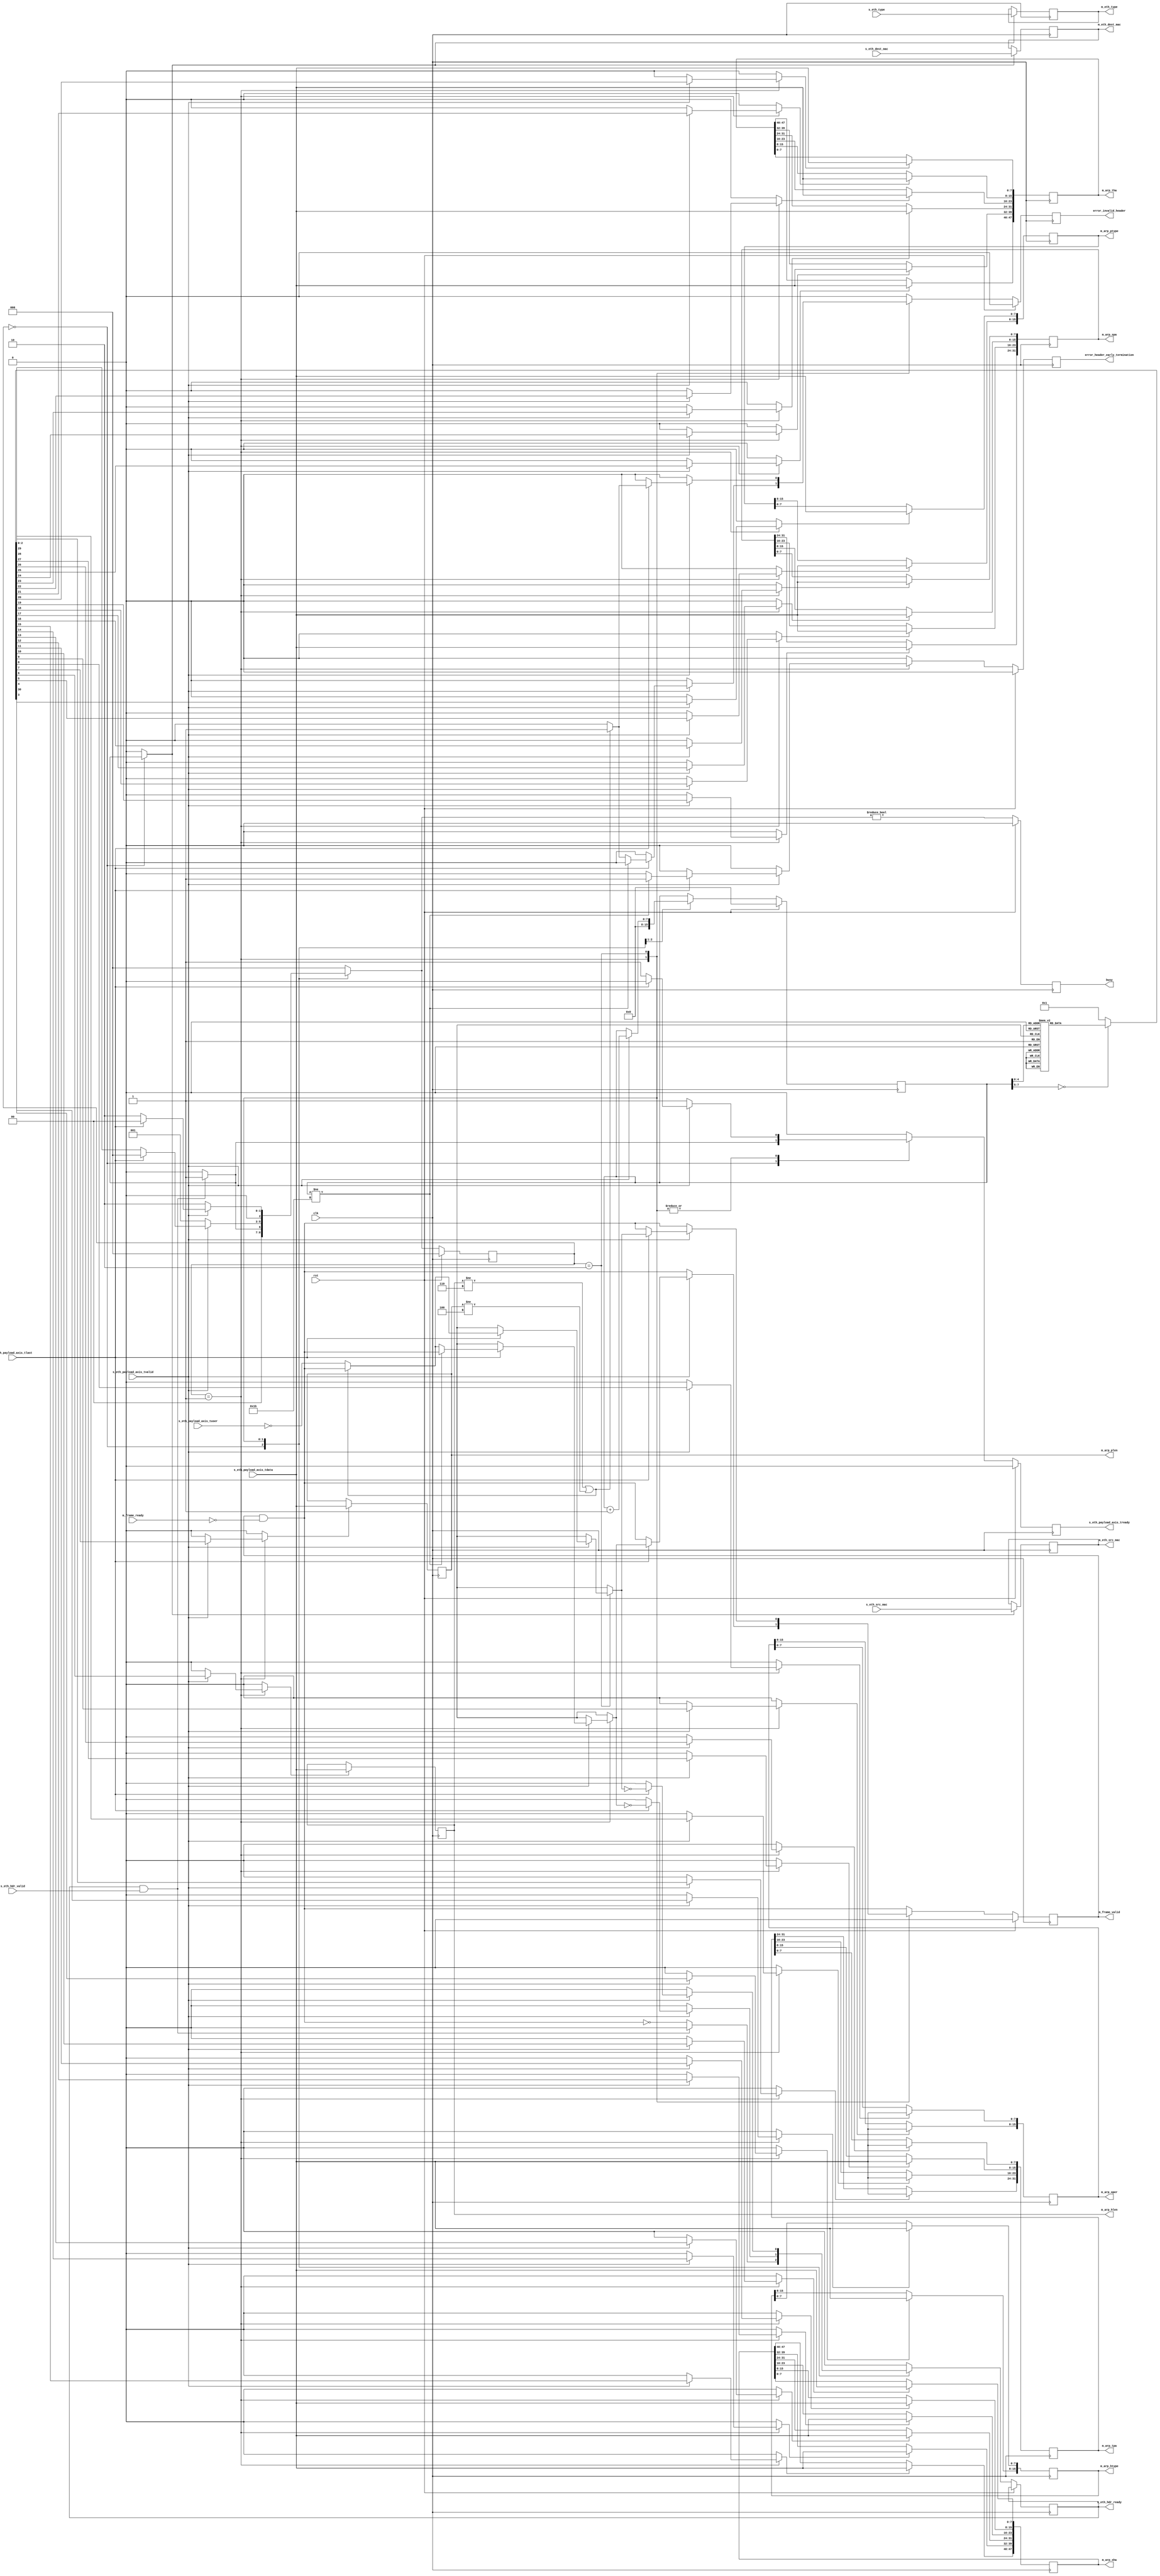
/*

Copyright (c) 2014-2018 Alex Forencich

Permission is hereby granted, free of charge, to any person obtaining a copy
of this software and associated documentation files (the "Software"), to deal
in the Software without restriction, including without limitation the rights
to use, copy, modify, merge, publish, distribute, sublicense, and/or sell
copies of the Software, and to permit persons to whom the Software is
furnished to do so, subject to the following conditions:

The above copyright notice and this permission notice shall be included in
all copies or substantial portions of the Software.

THE SOFTWARE IS PROVIDED "AS IS", WITHOUT WARRANTY OF ANY KIND, EXPRESS OR
IMPLIED, INCLUDING BUT NOT LIMITED TO THE WARRANTIES OF MERCHANTABILITY
FITNESS FOR A PARTICULAR PURPOSE AND NONINFRINGEMENT. IN NO EVENT SHALL THE
AUTHORS OR COPYRIGHT HOLDERS BE LIABLE FOR ANY CLAIM, DAMAGES OR OTHER
LIABILITY, WHETHER IN AN ACTION OF CONTRACT, TORT OR OTHERWISE, ARISING FROM,
OUT OF OR IN CONNECTION WITH THE SOFTWARE OR THE USE OR OTHER DEALINGS IN
THE SOFTWARE.

*/

// Language: Verilog 2001

`timescale 1ns / 1ps

/*
 * ARP ethernet frame receiver (Ethernet frame in, ARP frame out)
 */
module arp_eth_rx
(
    input  wire        clk,
    input  wire        rst,

    /*
     * Ethernet frame input
     */
    input  wire        s_eth_hdr_valid,
    output wire        s_eth_hdr_ready,
    input  wire [47:0] s_eth_dest_mac,
    input  wire [47:0] s_eth_src_mac,
    input  wire [15:0] s_eth_type,
    input  wire [7:0]  s_eth_payload_axis_tdata,
    input  wire        s_eth_payload_axis_tvalid,
    output wire        s_eth_payload_axis_tready,
    input  wire        s_eth_payload_axis_tlast,
    input  wire        s_eth_payload_axis_tuser,

    /*
     * ARP frame output
     */
    output wire        m_frame_valid,
    input  wire        m_frame_ready,
    output wire [47:0] m_eth_dest_mac,
    output wire [47:0] m_eth_src_mac,
    output wire [15:0] m_eth_type,
    output wire [15:0] m_arp_htype,
    output wire [15:0] m_arp_ptype,
    output wire [7:0]  m_arp_hlen,
    output wire [7:0]  m_arp_plen,
    output wire [15:0] m_arp_oper,
    output wire [47:0] m_arp_sha,
    output wire [31:0] m_arp_spa,
    output wire [47:0] m_arp_tha,
    output wire [31:0] m_arp_tpa,

    /*
     * Status signals
     */
    output wire        busy,
    output wire        error_header_early_termination,
    output wire        error_invalid_header
);

/*

ARP Frame

 Field                       Length
 Destination MAC address     6 octets
 Source MAC address          6 octets
 Ethertype (0x0806)          2 octets
 HTYPE (1)                   2 octets
 PTYPE (0x0800)              2 octets
 HLEN (6)                    1 octets
 PLEN (4)                    1 octets
 OPER                        2 octets
 SHA Sender MAC              6 octets
 SPA Sender IP               4 octets
 THA Target MAC              6 octets
 TPA Target IP               4 octets

This module receives an Ethernet frame with header fields in parallel and
payload on an AXI stream interface, decodes the ARP packet fields, and
produces the frame fields in parallel.  

*/

localparam [2:0]
    STATE_IDLE = 3'd0,
    STATE_READ_HEADER = 3'd1,
    STATE_WAIT_LAST = 3'd2;

reg [2:0] state_reg = STATE_IDLE, state_next;

// datapath control signals
reg store_eth_hdr;
reg store_arp_htype_0;
reg store_arp_htype_1;
reg store_arp_ptype_0;
reg store_arp_ptype_1;
reg store_arp_hlen;
reg store_arp_plen;
reg store_arp_oper_0;
reg store_arp_oper_1;
reg store_arp_sha_0;
reg store_arp_sha_1;
reg store_arp_sha_2;
reg store_arp_sha_3;
reg store_arp_sha_4;
reg store_arp_sha_5;
reg store_arp_spa_0;
reg store_arp_spa_1;
reg store_arp_spa_2;
reg store_arp_spa_3;
reg store_arp_tha_0;
reg store_arp_tha_1;
reg store_arp_tha_2;
reg store_arp_tha_3;
reg store_arp_tha_4;
reg store_arp_tha_5;
reg store_arp_tpa_0;
reg store_arp_tpa_1;
reg store_arp_tpa_2;
reg store_arp_tpa_3;

reg [7:0] frame_ptr_reg = 8'd0, frame_ptr_next;

reg s_eth_hdr_ready_reg = 1'b0, s_eth_hdr_ready_next;
reg s_eth_payload_axis_tready_reg = 1'b0, s_eth_payload_axis_tready_next;

reg m_frame_valid_reg = 1'b0, m_frame_valid_next;
reg [47:0] m_eth_dest_mac_reg = 48'd0;
reg [47:0] m_eth_src_mac_reg = 48'd0;
reg [15:0] m_eth_type_reg = 16'd0;
reg [15:0] m_arp_htype_reg = 16'd0;
reg [15:0] m_arp_ptype_reg = 16'd0;
reg [7:0]  m_arp_hlen_reg = 8'd0;
reg [7:0]  m_arp_plen_reg = 8'd0;
reg [15:0] m_arp_oper_reg = 16'd0;
reg [47:0] m_arp_sha_reg = 48'd0;
reg [31:0] m_arp_spa_reg = 32'd0;
reg [47:0] m_arp_tha_reg = 48'd0;
reg [31:0] m_arp_tpa_reg = 32'd0;

reg busy_reg = 1'b0;
reg error_header_early_termination_reg = 1'b0, error_header_early_termination_next;
reg error_invalid_header_reg = 1'b0, error_invalid_header_next;

assign s_eth_hdr_ready = s_eth_hdr_ready_reg;
assign s_eth_payload_axis_tready = s_eth_payload_axis_tready_reg;

assign m_frame_valid = m_frame_valid_reg;
assign m_eth_dest_mac = m_eth_dest_mac_reg;
assign m_eth_src_mac = m_eth_src_mac_reg;
assign m_eth_type = m_eth_type_reg;
assign m_arp_htype = m_arp_htype_reg;
assign m_arp_ptype = m_arp_ptype_reg;
assign m_arp_hlen = m_arp_hlen_reg;
assign m_arp_plen = m_arp_plen_reg;
assign m_arp_oper = m_arp_oper_reg;
assign m_arp_sha = m_arp_sha_reg;
assign m_arp_spa = m_arp_spa_reg;
assign m_arp_tha = m_arp_tha_reg;
assign m_arp_tpa = m_arp_tpa_reg;

assign busy = busy_reg;
assign error_header_early_termination = error_header_early_termination_reg;
assign error_invalid_header = error_invalid_header_reg;

always @* begin
    state_next = STATE_IDLE;

    s_eth_hdr_ready_next = 1'b0;
    s_eth_payload_axis_tready_next = 1'b0;

    store_eth_hdr = 1'b0;
    store_arp_htype_0 = 1'b0;
    store_arp_htype_1 = 1'b0;
    store_arp_ptype_0 = 1'b0;
    store_arp_ptype_1 = 1'b0;
    store_arp_hlen = 1'b0;
    store_arp_plen = 1'b0;
    store_arp_oper_0 = 1'b0;
    store_arp_oper_1 = 1'b0;
    store_arp_sha_0 = 1'b0;
    store_arp_sha_1 = 1'b0;
    store_arp_sha_2 = 1'b0;
    store_arp_sha_3 = 1'b0;
    store_arp_sha_4 = 1'b0;
    store_arp_sha_5 = 1'b0;
    store_arp_spa_0 = 1'b0;
    store_arp_spa_1 = 1'b0;
    store_arp_spa_2 = 1'b0;
    store_arp_spa_3 = 1'b0;
    store_arp_tha_0 = 1'b0;
    store_arp_tha_1 = 1'b0;
    store_arp_tha_2 = 1'b0;
    store_arp_tha_3 = 1'b0;
    store_arp_tha_4 = 1'b0;
    store_arp_tha_5 = 1'b0;
    store_arp_tpa_0 = 1'b0;
    store_arp_tpa_1 = 1'b0;
    store_arp_tpa_2 = 1'b0;
    store_arp_tpa_3 = 1'b0;

    frame_ptr_next = frame_ptr_reg;

    m_frame_valid_next = m_frame_valid_reg && !m_frame_ready;

    error_header_early_termination_next = 1'b0;
    error_invalid_header_next = 1'b0;

    case (state_reg)
        STATE_IDLE: begin
            // idle state - wait for data
            frame_ptr_next = 8'd0;
            s_eth_hdr_ready_next = !m_frame_valid_next;

            if (s_eth_hdr_ready && s_eth_hdr_valid) begin
                s_eth_hdr_ready_next = 1'b0;
                s_eth_payload_axis_tready_next = 1'b1;
                store_eth_hdr = 1'b1;
                state_next = STATE_READ_HEADER;
            end else begin
                state_next = STATE_IDLE;
            end
        end
        STATE_READ_HEADER: begin
            // read header state
            s_eth_payload_axis_tready_next = 1'b1;

            if (s_eth_payload_axis_tvalid) begin
                // word transfer in - store it
                frame_ptr_next = frame_ptr_reg + 8'd1;
                state_next = STATE_READ_HEADER;
                case (frame_ptr_reg)
                    8'h00: store_arp_htype_1 = 1'b1;
                    8'h01: store_arp_htype_0 = 1'b1;
                    8'h02: store_arp_ptype_1 = 1'b1;
                    8'h03: store_arp_ptype_0 = 1'b1;
                    8'h04: store_arp_hlen = 1'b1;
                    8'h05: store_arp_plen = 1'b1;
                    8'h06: store_arp_oper_1 = 1'b1;
                    8'h07: store_arp_oper_0 = 1'b1;
                    8'h08: store_arp_sha_5 = 1'b1;
                    8'h09: store_arp_sha_4 = 1'b1;
                    8'h0A: store_arp_sha_3 = 1'b1;
                    8'h0B: store_arp_sha_2 = 1'b1;
                    8'h0C: store_arp_sha_1 = 1'b1;
                    8'h0D: store_arp_sha_0 = 1'b1;
                    8'h0E: store_arp_spa_3 = 1'b1;
                    8'h0F: store_arp_spa_2 = 1'b1;
                    8'h10: store_arp_spa_1 = 1'b1;
                    8'h11: store_arp_spa_0 = 1'b1;
                    8'h12: store_arp_tha_5 = 1'b1;
                    8'h13: store_arp_tha_4 = 1'b1;
                    8'h14: store_arp_tha_3 = 1'b1;
                    8'h15: store_arp_tha_2 = 1'b1;
                    8'h16: store_arp_tha_1 = 1'b1;
                    8'h17: store_arp_tha_0 = 1'b1;
                    8'h18: store_arp_tpa_3 = 1'b1;
                    8'h19: store_arp_tpa_2 = 1'b1;
                    8'h1A: store_arp_tpa_1 = 1'b1;
                    8'h1B: begin
                        store_arp_tpa_0 = 1'b1;
                        state_next = STATE_WAIT_LAST;
                    end
                endcase
                if (s_eth_payload_axis_tlast) begin
                    // end of frame
                    if (frame_ptr_reg != 8'h1B) begin
                        // don't have the whole header
                        error_header_early_termination_next = 1'b1;
                    end else if (m_arp_hlen != 4'd6 || m_arp_plen != 4'd4) begin
                        // lengths not valid
                        error_invalid_header_next = 1'b1;
                    end else begin
                        // otherwise, transfer tuser
                        m_frame_valid_next = !s_eth_payload_axis_tuser;
                    end
                    s_eth_hdr_ready_next = !m_frame_valid_next;
                    s_eth_payload_axis_tready_next = 1'b0;
                    state_next = STATE_IDLE;
                end
            end else begin
                state_next = STATE_READ_HEADER;
            end
        end
        STATE_WAIT_LAST: begin
            // wait for end of frame; read and discard
            s_eth_payload_axis_tready_next = 1'b1;

            if (s_eth_payload_axis_tvalid) begin
                if (s_eth_payload_axis_tlast) begin
                    if (m_arp_hlen != 4'd6 || m_arp_plen != 4'd4) begin
                        // lengths not valid
                        error_invalid_header_next = 1'b1;
                    end else begin
                        // otherwise, transfer tuser
                        m_frame_valid_next = !s_eth_payload_axis_tuser;
                    end
                    s_eth_hdr_ready_next = !m_frame_valid_next;
                    s_eth_payload_axis_tready_next = 1'b0;
                    state_next = STATE_IDLE;
                end else begin
                    state_next = STATE_WAIT_LAST;
                end
            end else begin
                // wait for end of frame; read and discard
                state_next = STATE_WAIT_LAST;
            end
        end
    endcase
end

always @(posedge clk) begin
    if (rst) begin
        state_reg <= STATE_IDLE;
        frame_ptr_reg <= 8'd0;
        s_eth_payload_axis_tready_reg <= 1'b0;
        m_frame_valid_reg <= 1'b0;
        busy_reg <= 1'b0;
        error_header_early_termination_reg <= 1'b0;
        error_invalid_header_reg <= 1'b0;
    end else begin
        state_reg <= state_next;

        s_eth_hdr_ready_reg <= s_eth_hdr_ready_next;
        s_eth_payload_axis_tready_reg <= s_eth_payload_axis_tready_next;

        frame_ptr_reg <= frame_ptr_next;

        m_frame_valid_reg <= m_frame_valid_next;

        error_header_early_termination_reg <= error_header_early_termination_next;
        error_invalid_header_reg <= error_invalid_header_next;

        busy_reg <= state_next != STATE_IDLE;
    end

    // datapath
    if (store_eth_hdr) begin
        m_eth_dest_mac_reg <= s_eth_dest_mac;
        m_eth_src_mac_reg <= s_eth_src_mac;
        m_eth_type_reg <= s_eth_type;
    end

    if (store_arp_htype_0) m_arp_htype_reg[ 7: 0] <= s_eth_payload_axis_tdata;
    if (store_arp_htype_1) m_arp_htype_reg[15: 8] <= s_eth_payload_axis_tdata;
    if (store_arp_ptype_0) m_arp_ptype_reg[ 7: 0] <= s_eth_payload_axis_tdata;
    if (store_arp_ptype_1) m_arp_ptype_reg[15: 8] <= s_eth_payload_axis_tdata;
    if (store_arp_hlen) m_arp_hlen_reg <= s_eth_payload_axis_tdata;
    if (store_arp_plen) m_arp_plen_reg <= s_eth_payload_axis_tdata;
    if (store_arp_oper_0) m_arp_oper_reg[ 7: 0] <= s_eth_payload_axis_tdata;
    if (store_arp_oper_1) m_arp_oper_reg[15: 8] <= s_eth_payload_axis_tdata;
    if (store_arp_sha_0) m_arp_sha_reg[ 7: 0] <= s_eth_payload_axis_tdata;
    if (store_arp_sha_1) m_arp_sha_reg[15: 8] <= s_eth_payload_axis_tdata;
    if (store_arp_sha_2) m_arp_sha_reg[23:16] <= s_eth_payload_axis_tdata;
    if (store_arp_sha_3) m_arp_sha_reg[31:24] <= s_eth_payload_axis_tdata;
    if (store_arp_sha_4) m_arp_sha_reg[39:32] <= s_eth_payload_axis_tdata;
    if (store_arp_sha_5) m_arp_sha_reg[47:40] <= s_eth_payload_axis_tdata;
    if (store_arp_spa_0) m_arp_spa_reg[ 7: 0] <= s_eth_payload_axis_tdata;
    if (store_arp_spa_1) m_arp_spa_reg[15: 8] <= s_eth_payload_axis_tdata;
    if (store_arp_spa_2) m_arp_spa_reg[23:16] <= s_eth_payload_axis_tdata;
    if (store_arp_spa_3) m_arp_spa_reg[31:24] <= s_eth_payload_axis_tdata;
    if (store_arp_tha_0) m_arp_tha_reg[ 7: 0] <= s_eth_payload_axis_tdata;
    if (store_arp_tha_1) m_arp_tha_reg[15: 8] <= s_eth_payload_axis_tdata;
    if (store_arp_tha_2) m_arp_tha_reg[23:16] <= s_eth_payload_axis_tdata;
    if (store_arp_tha_3) m_arp_tha_reg[31:24] <= s_eth_payload_axis_tdata;
    if (store_arp_tha_4) m_arp_tha_reg[39:32] <= s_eth_payload_axis_tdata;
    if (store_arp_tha_5) m_arp_tha_reg[47:40] <= s_eth_payload_axis_tdata;
    if (store_arp_tpa_0) m_arp_tpa_reg[ 7: 0] <= s_eth_payload_axis_tdata;
    if (store_arp_tpa_1) m_arp_tpa_reg[15: 8] <= s_eth_payload_axis_tdata;
    if (store_arp_tpa_2) m_arp_tpa_reg[23:16] <= s_eth_payload_axis_tdata;
    if (store_arp_tpa_3) m_arp_tpa_reg[31:24] <= s_eth_payload_axis_tdata;
end

endmodule